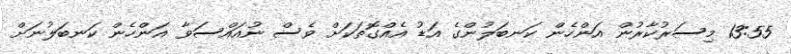
13:55 މިސަރުކާރުން އަންހެން ކަނބަލުންގެ އަޑު އެއްގޮތަކަށް ވެސް ނުއައްސަވާ އަންހެން ކަނބަލުނަށް